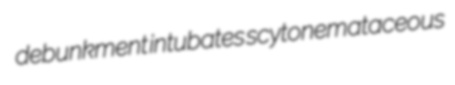
debunkment intubates scytonemataceous